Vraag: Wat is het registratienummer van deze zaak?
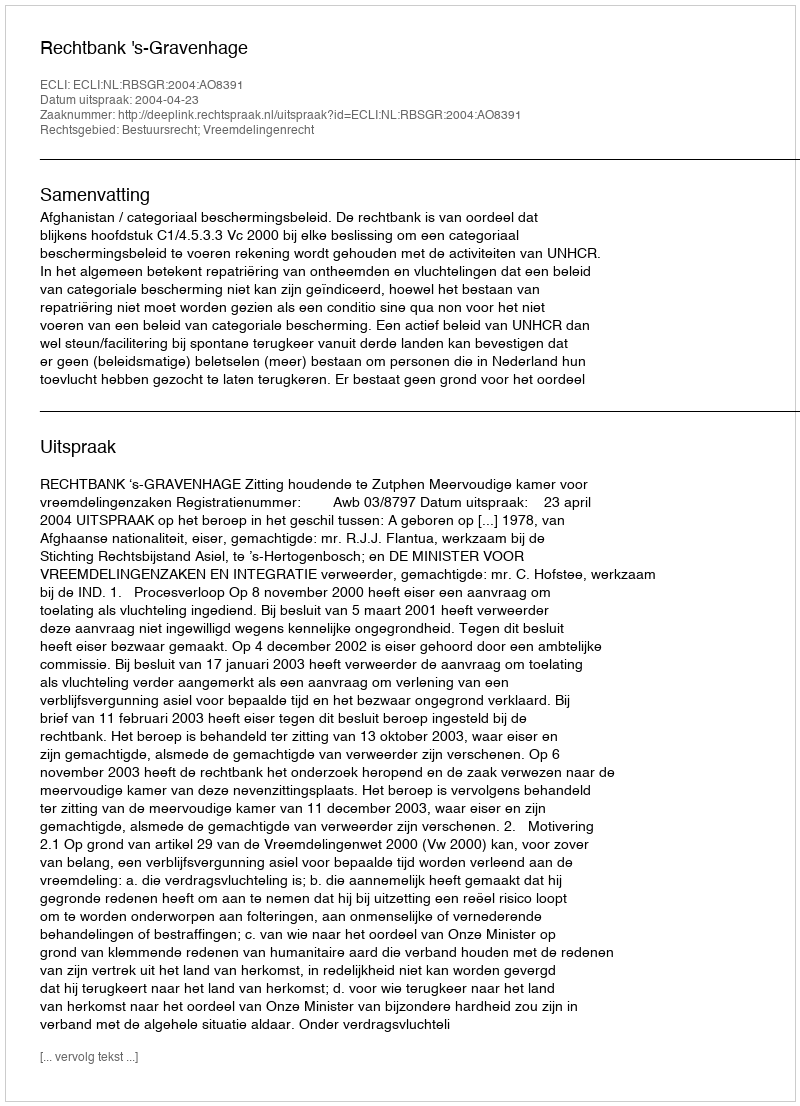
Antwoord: http://deeplink.rechtspraak.nl/uitspraak?id=ECLI:NL:RBSGR:2004:AO8391